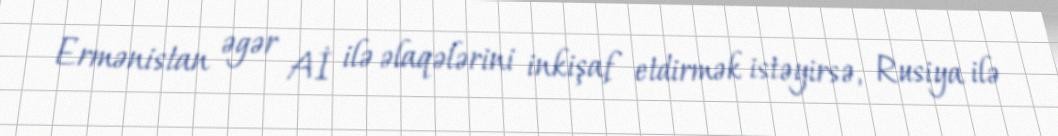
Ermənistan əgər Aİ ilə əlaqələrini inkişaf etdirmək istəyirsə, Rusiya ilə